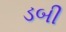
ડબી